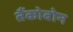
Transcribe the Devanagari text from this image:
तैंकोबोन